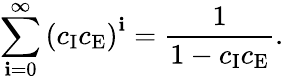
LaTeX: \sum_{\mathbf{i}=0}^{\infty}\left(c_{\mathrm{{I}}}c_{\mathrm{{E}}}\right)^{\mathbf{i}}=\frac{{1}}{{1-c_{\mathrm{{I}}}c_{\mathrm{{E}}}}}.